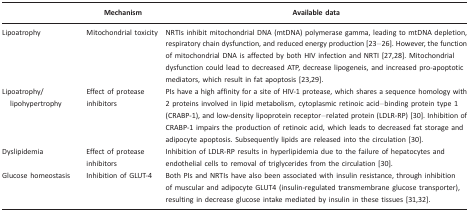
<table><thead><tr><td></td><td><b>Mechanism</b></td><td><b>Available data</b></td></tr></thead><tbody><tr><td>Lipoatrophy</td><td>Mitochondrial toxicity</td><td>NRTIs inhibit mitochondrial DNA (mtDNA) polymerase gamma, leading to mtDNA depletion, respiratory chain dysfunction, and reduced energy production [23–26]. However, the function of mitochondrial DNA is affected by both HIV infection and NRTI [27,28]. Mitochondrial dysfunction could lead to decreased ATP, decrease lipogeneis, and increased pro-apoptotic mediators, which result in fat apoptosis [23,29].</td></tr><tr><td>Lipoatrophy/ lipohypertrophy</td><td>Effect of protease inhibitors</td><td>PIs have a high affinity for a site of HIV-1 protease, which shares a sequence homology with 2 proteins involved in lipid metabolism, cytoplasmic retinoic acid–binding protein type 1 (CRABP-1), and low-density lipoprotein receptor–related protein (LDLR-RP) [30]. Inhibition of CRABP-1 impairs the production of retinoic acid, which leads to decreased fat storage and adipocyte apoptosis. Subsequently lipids are released into the circulation [30].</td></tr><tr><td>Dyslipidemia</td><td>Effect of protease inhibitors</td><td>Inhibition of LDLR-RP results in hyperlipidemia due to the failure of hepatocytes and endothelial cells to removal of triglycerides from the circulation [30].</td></tr><tr><td>Glucose homeostasis</td><td>Inhibition of GLUT-4</td><td>Both PIs and NRTIs have also been associated with insulin resistance, through inhibition of muscular and adipocyte GLUT4 (insulin-regulated transmembrane glucose transporter), resulting in decrease glucose intake mediated by insulin in these tissues [31,32].</td></tr></tbody></table>